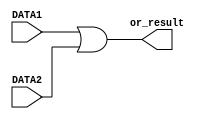
// Module for OR unit
module or_unit(
    input [7:0] DATA1, // Input data 1 for bitwise OR
    input [7:0] DATA2, // Input data 2 for bitwise OR
    output reg [7:0] or_result // Output result for bitwise OR
);
    // Logic for bitwise OR
    always @* begin
        or_result = DATA1 | DATA2; // Perform bitwise OR operation
    end
endmodule // End of module.